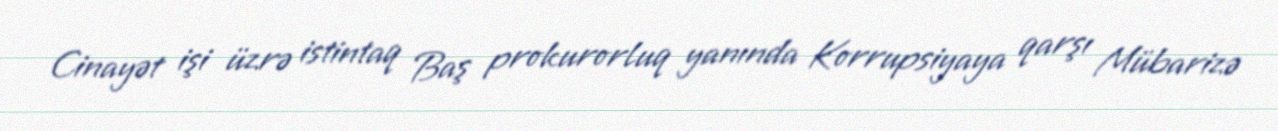
Cinayət işi üzrə istintaq Baş prokurorluq yanında Korrupsiyaya qarşı Mübarizə